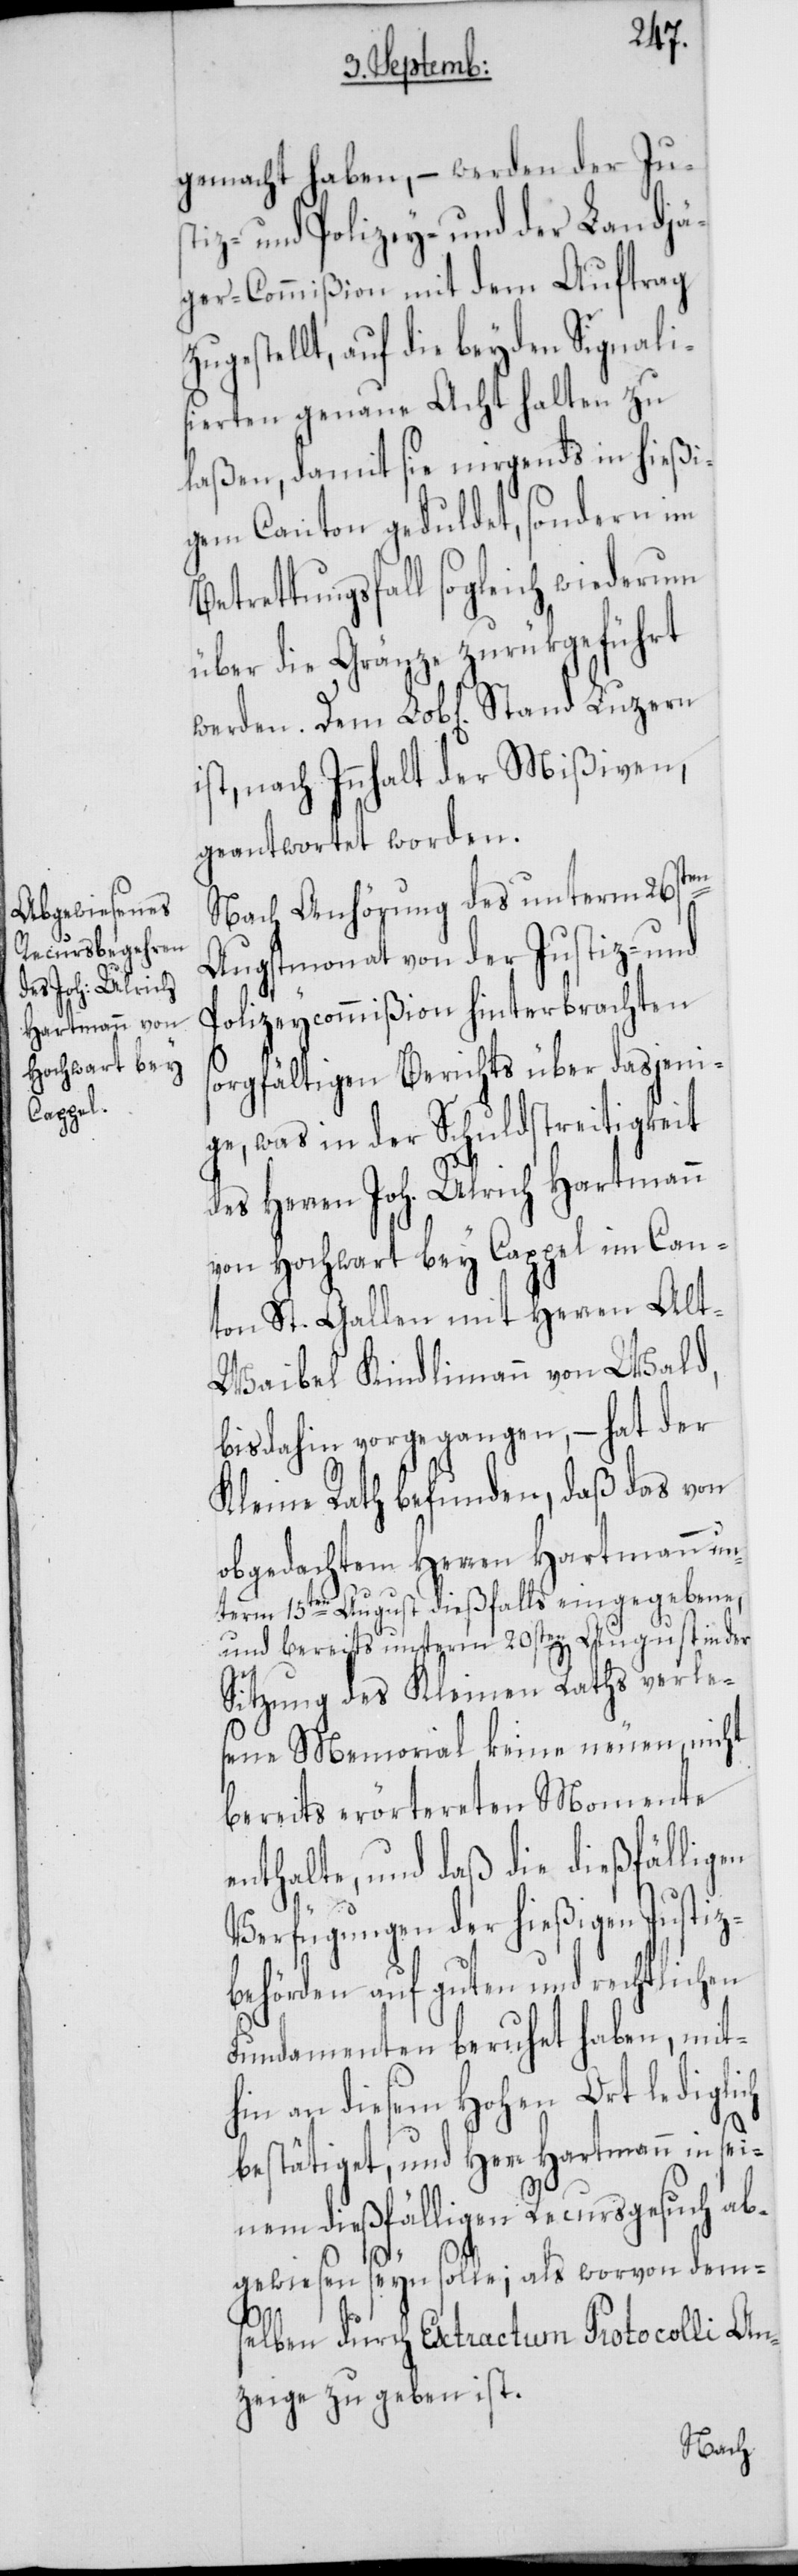
gemacht haben, – werden der Just¬
iz- und Polizey- und der Landjä¬
ger-Commißion mit dem Auftrag
zugestellt, auf die beyden Signali¬
sierten genaue Acht halten zu
laßen, damit sie nirgends in hießi¬
gem Canton geduldet, sondern im
etrettungsfall sogleich wiederum
über die Gränze zurükgeführt
ist, nach Innhalt der Mißiven,
geantwortet worden.
s¬
Nach Anhörung des unterm 26sten
Augstmonat von der Justiz- und
Polizeycommißion hinterbrachten
orgfältigen Berichts über dasjeni¬
ge, was in der Schuldstreitigkeit
des Herren Joh. Ulrich Hartmann
von Hochwart bey Cappel im Can¬
ton St. Gallen mit Herren Alt-W¬
aibel Kindlimann von Wald,
bisdahin vorgegangen, – hat der
Kleine Rath befunden, daß das von
obgedachtem Herren Hartmann un¬
term 15ten August dießfalls eingegebene,
und bereits unterm 20sten August in der
Sitzung des Kleinen Raths verle¬
sene Memorial keine neuen, nicht
bereits erörtereten Momente
enthalte, und daß die dießfälligen
Verfügungen der hießigen Justiz¬
behörden auf guten und rechtlichen
Fundamenten beruhet haben, mit¬
hin an diesem Hohen Ort lediglich
bestätiget, und Herr Hartmann in sei¬
nem dießfälligen Recursgesuch ab¬
gewiesen seyn solle; als worvon dem¬
selben durch Extractum Protocolli An¬
zeige zu geben ist.